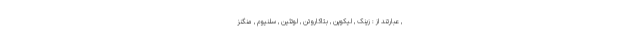
, عبارتند از : زینک , لیکوپن , بتاکاروتن , لوتئین , سلنیوم , منگنز